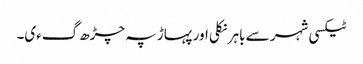
ٹیکسی شہر سے باہر نکلی اور پہاڑ پہ چڑھ گءی۔